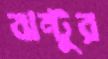
ঝন্টুর